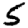
Digit: 5